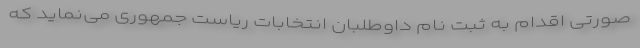
صورتی اقدام به ثبت نام داوطلبان انتخابات ریاست جمهوری می‌نماید که